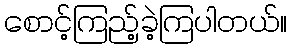
စောင့်ကြည့်ခဲ့ကြပါတယ်။